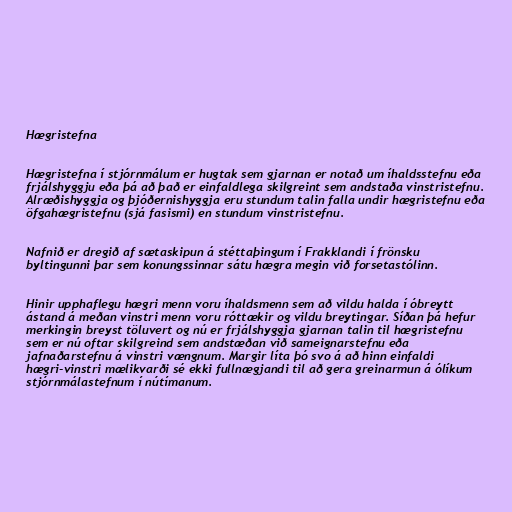
Hægristefna

Hægristefna í stjórnmálum er hugtak sem gjarnan er notað um íhaldsstefnu eða
frjálshyggju eða þá að það er einfaldlega skilgreint sem andstaða vinstristefnu.
Alræðishyggja og þjóðernishyggja eru stundum talin falla undir hægristefnu eða
öfgahægristefnu (sjá fasismi) en stundum vinstristefnu.

Nafnið er dregið af sætaskipun á stéttaþingum í Frakklandi í frönsku
byltingunni þar sem konungssinnar sátu hægra megin við forsetastólinn.

Hinir upphaflegu hægri menn voru íhaldsmenn sem að vildu halda í óbreytt
ástand á meðan vinstri menn voru róttækir og vildu breytingar. Síðan þá hefur
merkingin breyst töluvert og nú er frjálshyggja gjarnan talin til hægristefnu
sem er nú oftar skilgreind sem andstæðan við sameignarstefnu eða
jafnaðarstefnu á vinstri vængnum. Margir líta þó svo á að hinn einfaldi
hægri-vinstri mælikvarði sé ekki fullnægjandi til að gera greinarmun á ólíkum
stjórnmálastefnum í nútímanum.